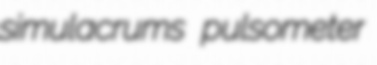
simulacrums pulsometer